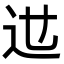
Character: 𨑘